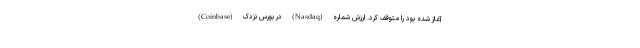
(Coinbase) در بورس نزدک (Nasdaq) آغاز شده بود را متوقف کرد. ارزش شماره